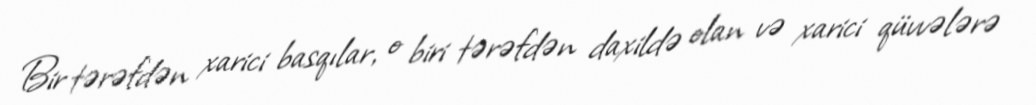
Bir tərəfdən xarici basqılar, o biri tərəfdən daxildə olan və xarici qüvvələrə